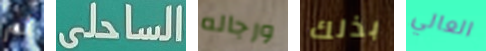
لم الساحلى ورجاله بذلك العالي